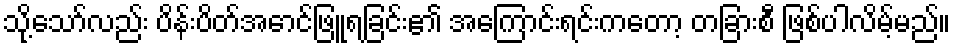
သို့သော်လည်း ပိန်းပိတ်အောင်ဖြူရခြင်း၏ အကြောင်းရင်းကတော့ တခြားစီ ဖြစ်ပါလိမ့်မည်။